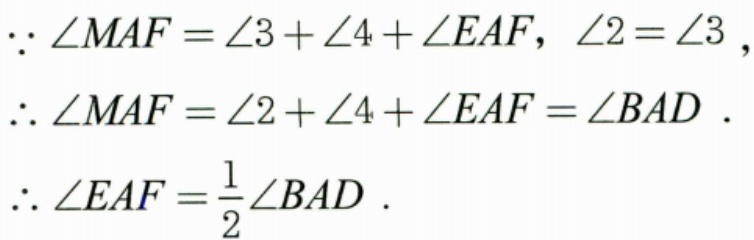
\(\because\angle MAF=\angle3+\angle4+\angle EAF\)，\(\angle2 = \angle3\)，
\(\therefore\angle MAF=\angle2+\angle4+\angle EAF=\angle BAD\)．
\(\therefore\angle EAF=\frac{1}{2}\angle BAD\)．